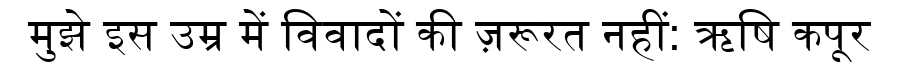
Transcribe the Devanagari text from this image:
मुझे इस उम्र में विवादों की ज़रूरत नहीं: ऋषि कपूर